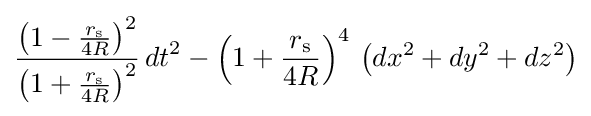
{\frac {\left(1-{\frac {r_{\mathrm {s} }}{4R}}\right)^{2}}{\left(1+{\frac {r_{\mathrm {s} }}{4R}}\right)^{2}}}\,{dt}^{2}-\left(1+{\frac {r_{\mathrm {s} }}{4R}}\right)^{4}\,\left(dx^{2}+dy^{2}+dz^{2}\right)